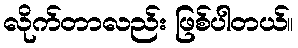
လိုက်တာလည်း ဖြစ်ပါတယ်။